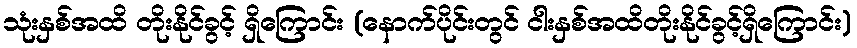
သုံးနှစ်အထိ တိုးနိုင်ခွင့် ရှိကြောင်း (နောက်ပိုင်းတွင် ငါးနှစ်အထိတိုးနိုင်ခွင့်ရှိကြောင်း)